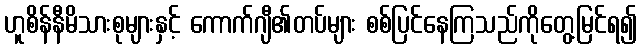
ဟူစိန်နီမိသားစုများနှင့် ကောက်ဂျီ၏တပ်များ စစ်ပြင်နေကြသည်ကိုတွေ့မြင်ရ၍